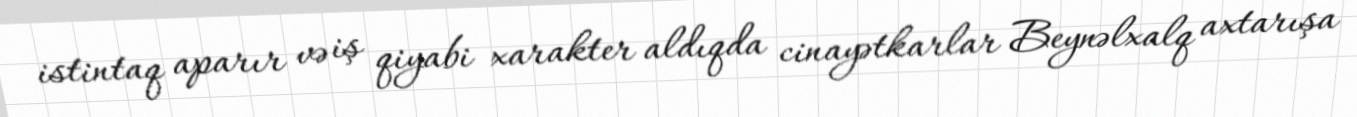
istintaq aparır və iş qiyabi xarakter aldıqda cinayətkarlar Beynəlxalq axtarışa